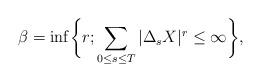
LaTeX: \begin{align*}\beta=\inf\biggl\{r; \sum_{0\leq s\leq T}|\Delta_sX|^r\leq\infty\biggr\},\end{align*}